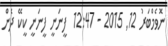
ނޮވެމްބަރު 12